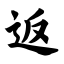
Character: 返